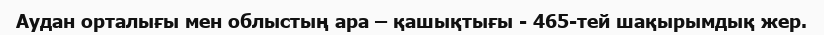
Аудан орталығы мен облыстың ара – қашықтығы - 465-тей шақырымдық жер.